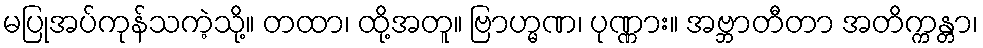
မပြုအပ်ကုန်သကဲ့သို့။ တထာ၊ ထို့အတူ။ ဗြာဟ္မဏ၊ ပုဏ္ဏား။ အဗ္ဘာတီတာ အတိက္ကန္တာ၊